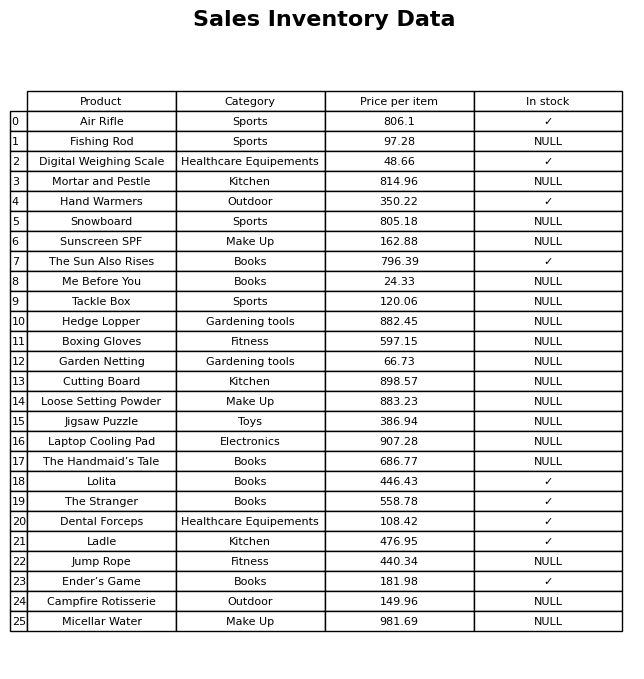
question: What is the price of the Hedge Lopper?
answer: The price of Hedge Lopper is 882.45.